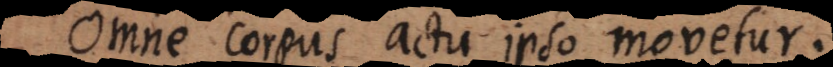
Omne corpus actu ipso movetur.